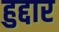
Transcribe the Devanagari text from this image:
हुद्दार